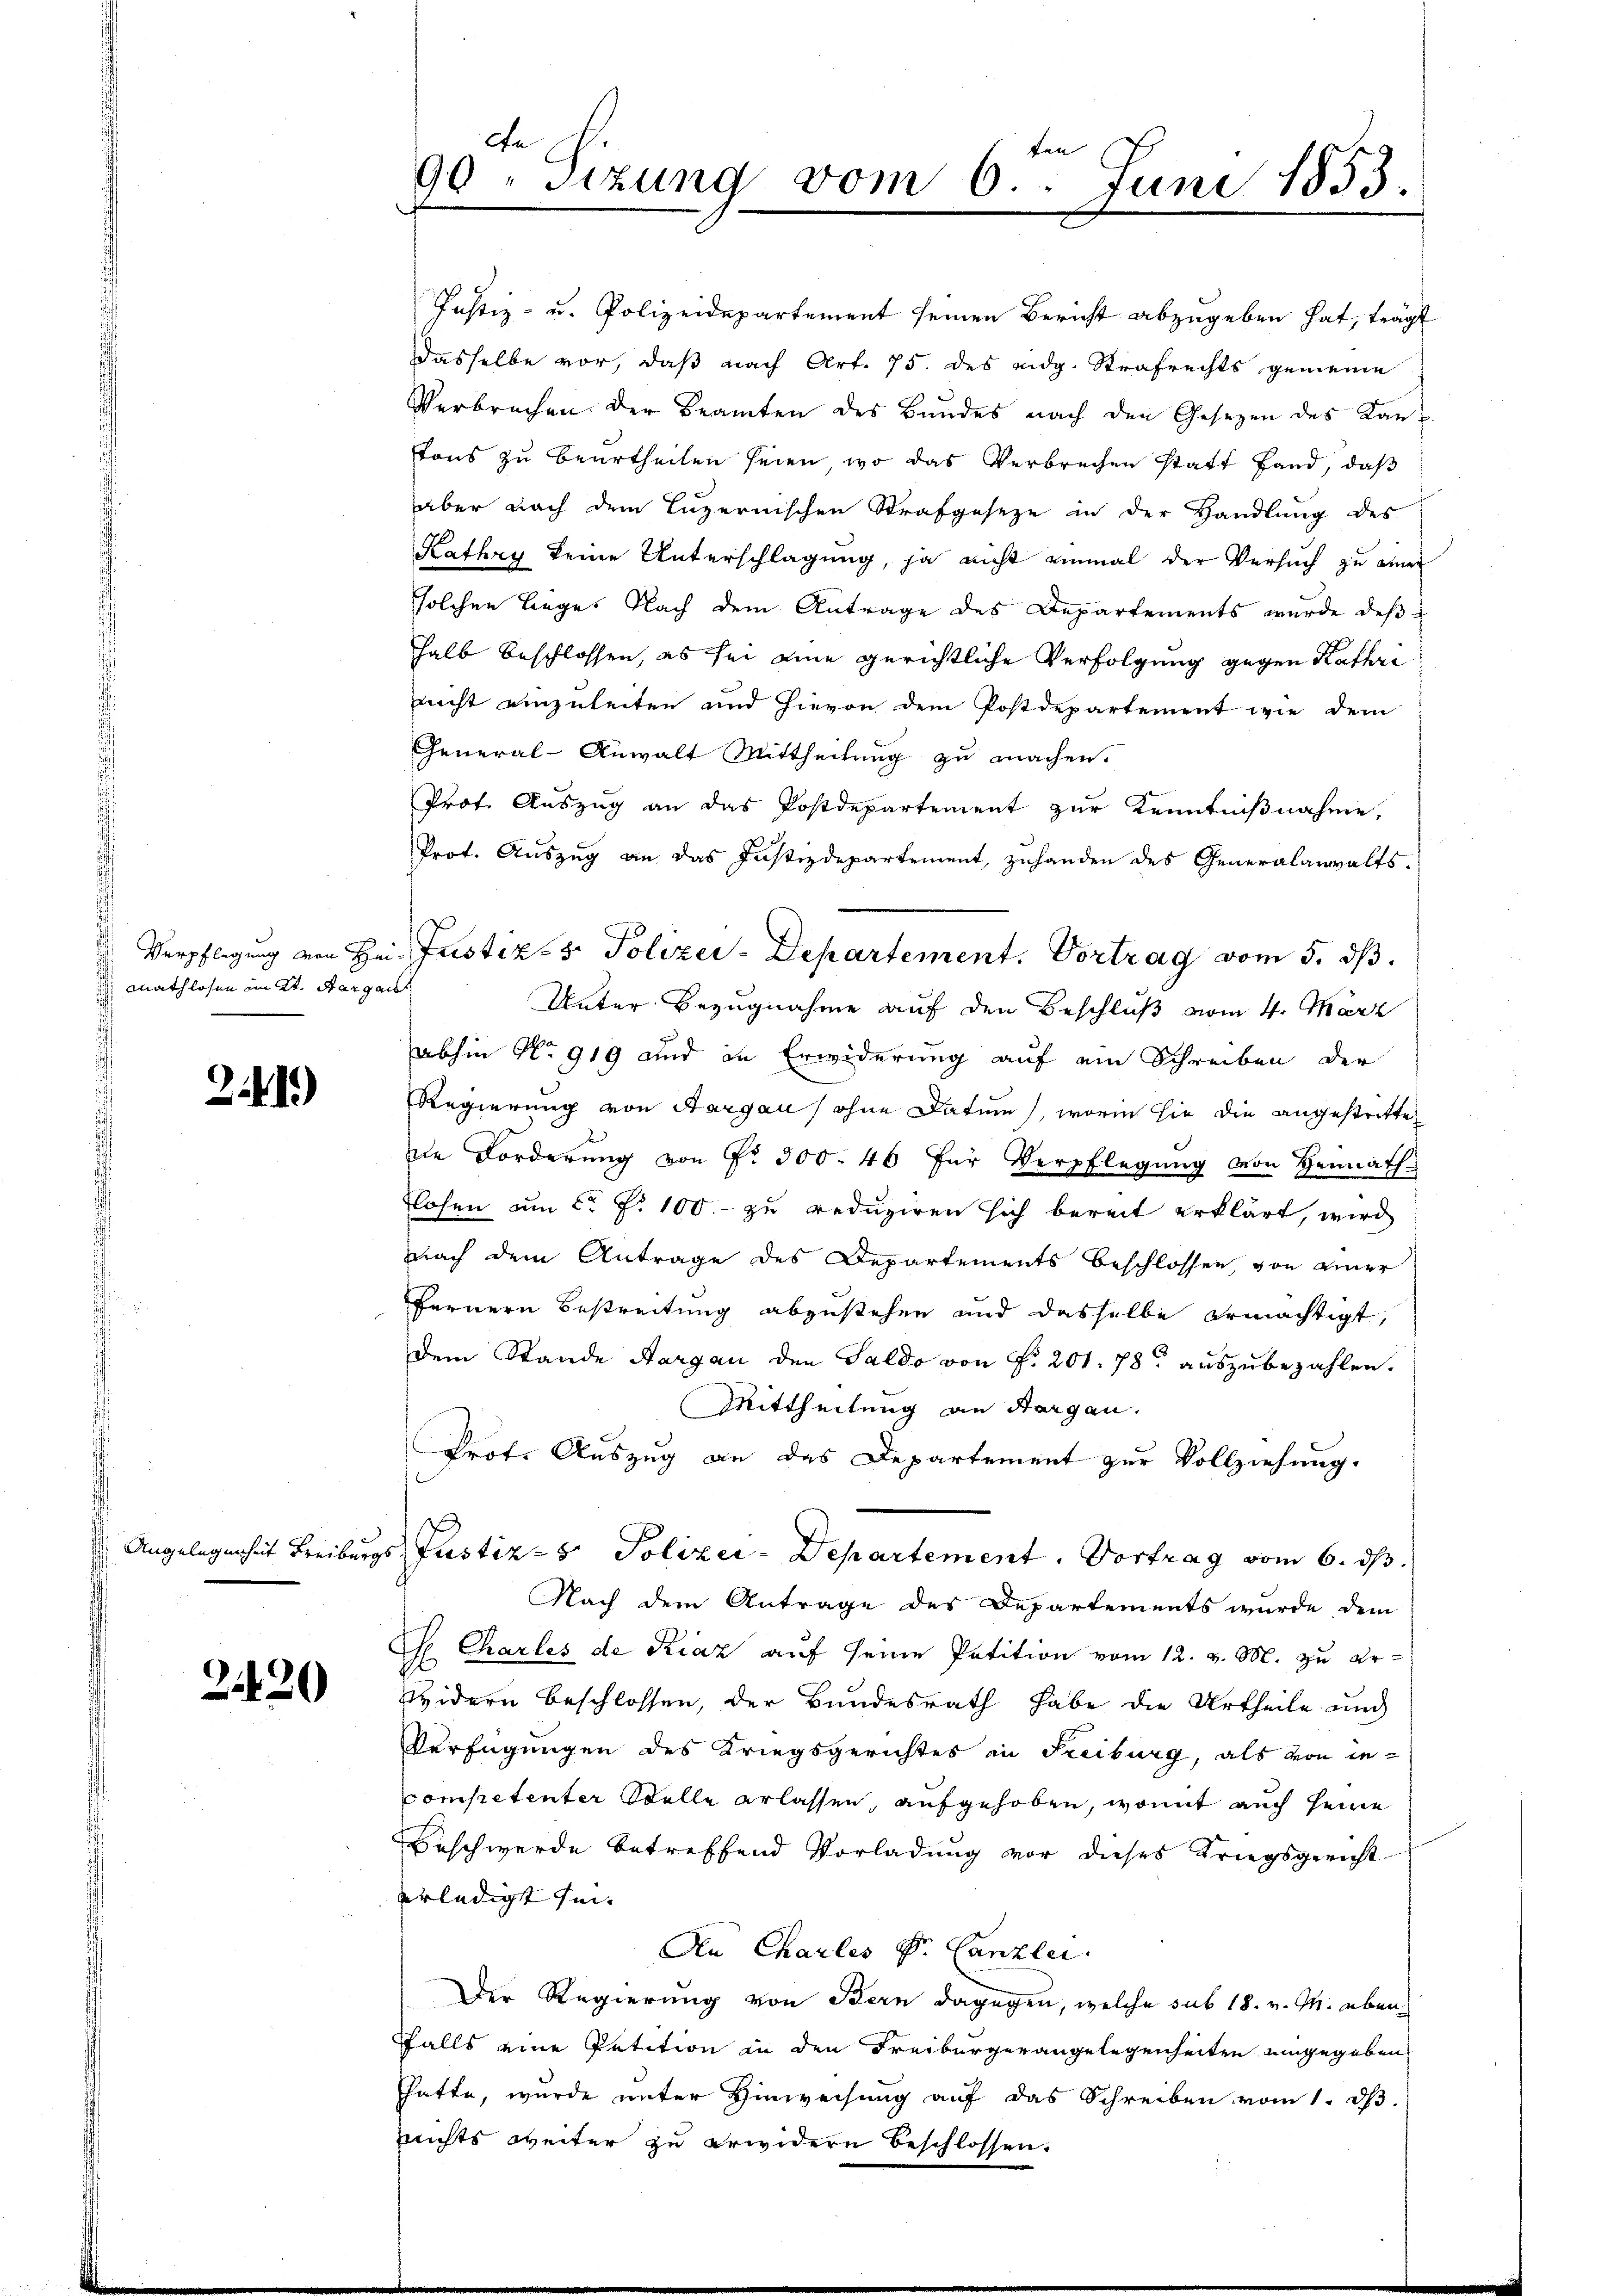
mathlosen im Kt. Aargau

21)

Angelegenheit Freiburg

2120

ce
90 sizung vom 6. Juni 1853.

Justiz- u. Polizeidepartement seinen Bericht abzugeben hat, trägt
dasselbe vor, daß nach Art. 75. des eidg. Strafrechts gemeine
Verbrechen der Beamten des Bundes nach den Gesezen des Kantons zu beurtheilen seien, wo das Verbrechen statt Hand, daß
aber nach dem Luzernischen Strafgeseze in der Handlung des
Kathry keine Unterschlagung, ja nicht einmal der Versuch zu einer
solchen Liege. Nach dem Antrage des Departements wurde des
halb beschlossen, es sei eine gerichtliche Verfolgung gegen Kathri
nicht einzuleiten und hievon dem Postdepartement wie dem
General-Anwalt Mittheilung zu machen.
Prot. Auszug an das Postdepartement zur Kenntnißnahme,
Prot. Auszug an das Justizdepartement, zuhanden des Generalanwalts¬
Unter Bezugnahme auf den Beschluß vom 4. März
abhin No 919 und in Erwiderung auf ein Schreiben der
Regierung von Aargau (ohne Datum, worin sie die angestritte
e Forderung von Nr. 300. 46 für Verpflegung von Heimath
Flosen am C. P. 100.- zu reduziren sich bereit erklärt, wird
nach dem Antrage des Departements beschlossen, von einer
fernern Bestreitung abzustehen und dasselbe ermächtigt,
dem Stande Aargau den Saldo von Nr. 201. 78 auszubezahlen.
Mittheilung an Aargau.
Prot. Auszug an das Departement zur Vollziehung.
s Justiz- & Polizei-Departement. Vortrag vom 6. ds.
Nach dem Antrage des Departements wurde dem
C. Charles de Kiaz auf seine Petition vom 12. v. M. zu erwidern beschlossen, der Bundesrath habe die Urtheile und
Verfügungen des Kriegsgerichtes in Freiburg, als von in
Competenter Stelle erlassen, aufgehoben, womit auch seine
Beschwerde betreffend Vorladung vor dieses Kriegsgericht
erledigt sei.
Den Charles Dr. Canzlei.
Der Regierung von Bern dagegen, welche sub 18. v. M. ebenffalls eine Petition in den Freiburger angelegenheiten eingegeben
hatte, wurde unter Hinweisung auf das Schreiben vom 1. d.
Zeichts weiter zu erwidern beschlossen.

Verpflegung von Hei Justiz- & Polizer-Departement. Vortrag vom 5. ds.